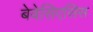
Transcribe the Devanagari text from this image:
बेवेसिएसिस